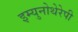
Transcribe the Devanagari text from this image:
इम्युनोथेरेपी